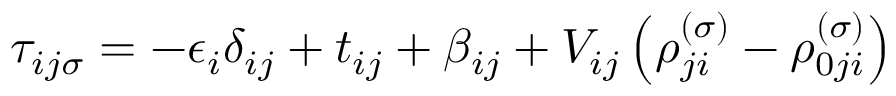
\tau _ { i j \sigma } = - \epsilon _ { i } \delta _ { i j } + t _ { i j } + \beta _ { i j } + V _ { i j } \left( \rho _ { j i } ^ { \left( \sigma \right) } - \rho _ { 0 j i } ^ { \left( \sigma \right) } \right)